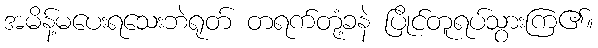
အမိန့်မပေးရသေးဘဲရုတ် တရက်တုံ့ခနဲ ပြိုင်တူရပ်သွားကြ၏။